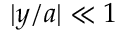
| y / a | \ll 1